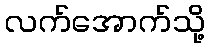
လက်အောက်သို့